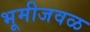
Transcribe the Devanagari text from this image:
भूमीजवळ